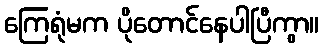
ကြေရုံမက ပိုတောင်နေပါပြီကွာ။